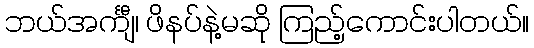
ဘယ်အင်္ကျီ၊ ဖိနပ်နဲ့မဆို ကြည့်ကောင်းပါတယ်။